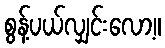
စွန့်ပယ်လျှင်းလော့။